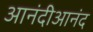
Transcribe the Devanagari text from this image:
आनंदीआनंद